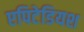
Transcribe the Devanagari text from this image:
एपिटेडियश